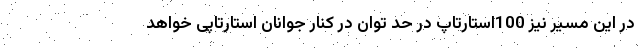
در این مسیر نیز 100استارتاپ در حد توان در کنار جوانان استارتاپی خواهد